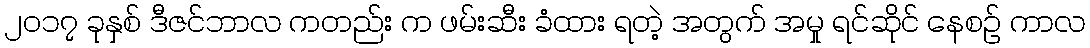
၂၀၁၇ ခုနှစ် ဒီဇင်ဘာလ ကတည်း က ဖမ်းဆီး ခံထား ရတဲ့ အတွက် အမှု ရင်ဆိုင် နေစဉ် ကာလ